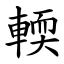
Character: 輭